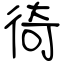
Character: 徛